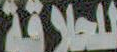
للعلاقة